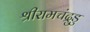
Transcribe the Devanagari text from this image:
श्रीरामचंद्रुडु